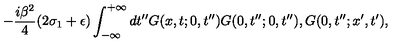
- \frac { i \beta ^ { 2 } } { 4 } ( 2 \sigma _ { 1 } + \epsilon ) \int _ { - \infty } ^ { + \infty } d t ^ { \prime \prime } G ( x , t ; 0 , t ^ { \prime \prime } ) G ( 0 , t ^ { \prime \prime } ; 0 , t ^ { \prime \prime } ) , G ( 0 , t ^ { \prime \prime } ; x ^ { \prime } , t ^ { \prime } ) ,